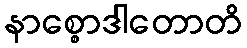
နာစ္စောဒါတောတိ